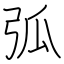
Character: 弧